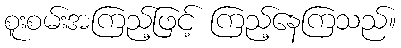
စူးစမ်းအကြည့်ဖြင့် ကြည့်နေကြသည်။